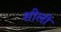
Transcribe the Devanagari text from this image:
शीलो